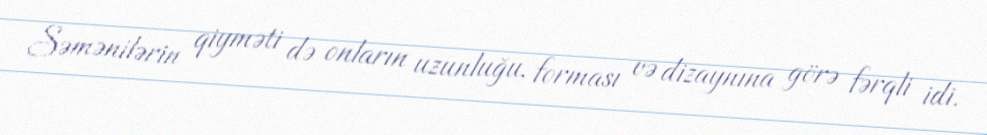
Səmənilərin qiyməti də onların uzunluğu, forması və dizaynına görə fərqli idi.